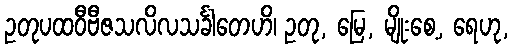
ဥတုပထဝီဗီဇသလိလသင်္ခါတေဟိ၊ ဥတု, မြေ, မျိုးစေ့, ရေဟု,